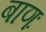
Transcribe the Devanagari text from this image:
बाणः